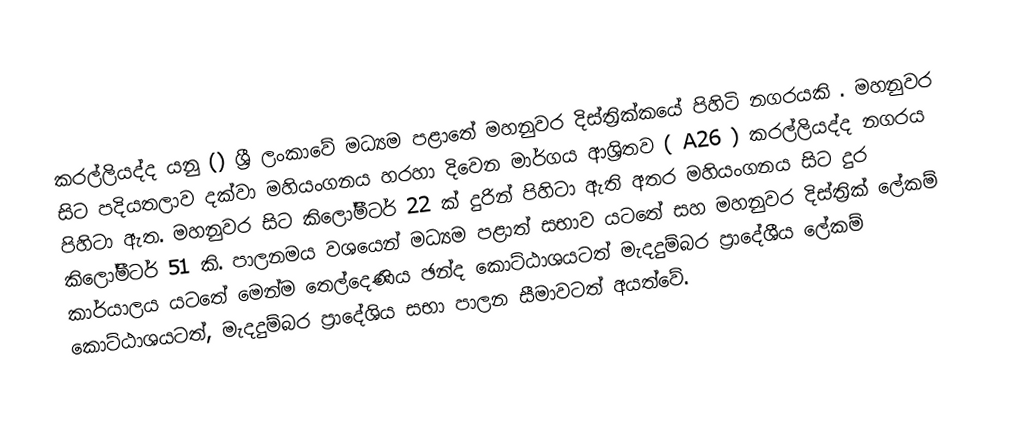
කරල්ලියද්ද යනු ()  ශ්‍රී ලංකාවේ මධ්‍යම පළාතේ  මහනුවර දිස්ත්‍රික්කයේ පිහිටි නගරයකි . මහනුවර සිට පදියතලාව දක්වා මහියංගනය හරහා දිවෙන මාර්ගය ආශ්‍රිතව ( A26 )  කරල්ලියද්ද නගරය පිහිටා ඇත. මහනුවර සිට කිලෝමීටර් 22 ක් දුරින් පිහිටා ඇති අතර මහියංගනය සිට දුර කිලෝමීටර් 51 කි. පාලනමය වශයෙන් මධ්‍යම පළාත් සභාව යටතේ සහ මහනුවර දිස්ත්‍රික් ලේකම් කාර්යාලය යටතේ මෙන්ම තෙල්දෙණිය ඡන්ද කොට්ඨාශයටත් මැදදුම්බර ප්‍රාදේශීය ලේකම් කොට්ඨාශයටත්, මැදදුම්බර ප්‍රාදේශිය සභා පාලන සීමාවටත් අයත්වේ.